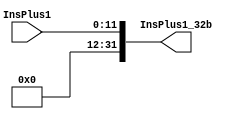
module Convert32(InsPlus1,InsPlus1_32b);
input [11:0] InsPlus1;
output [31:0] InsPlus1_32b;
assign InsPlus1_32b={{20'b0},InsPlus1};

endmodule